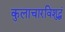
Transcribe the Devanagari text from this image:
कुलाचारविशुद्धं